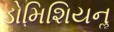
ડોમિશિયનૢ